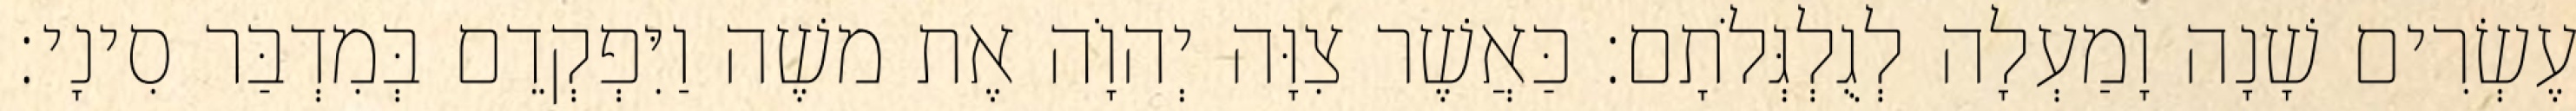
עֶשְׂרִים שָׁנָה וָמַעְלָה לְגֻלְגְּלֹתָם׃ כַּאֲשֶׁר צִוָּה יְהוָֹה אֶת משֶׁה וַיִּפְקְדֵם בְּמִדְבַּר סִינָי׃